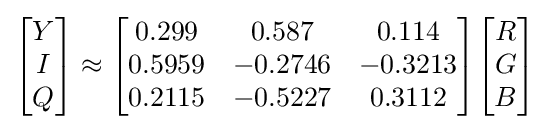
{\begin{bmatrix}Y\\I\\Q\end{bmatrix}}\approx {\begin{bmatrix}0.299&0.587&0.114\\0.5959&-0.2746&-0.3213\\0.2115&-0.5227&0.3112\end{bmatrix}}{\begin{bmatrix}R\\G\\B\end{bmatrix}}